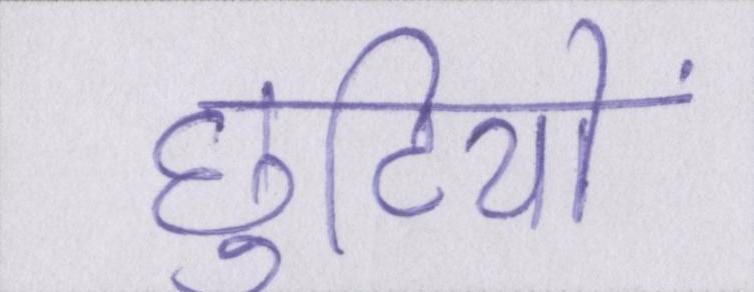
छुटियों